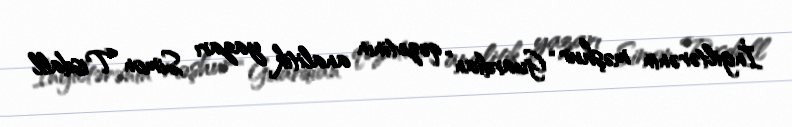
İngiltərənin məşhur “Guardian” qəzetinin analitik yazarı Simon Tisdall